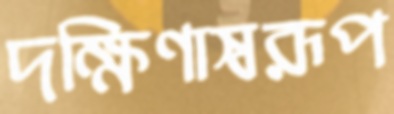
দক্ষিণাস্বরূপ